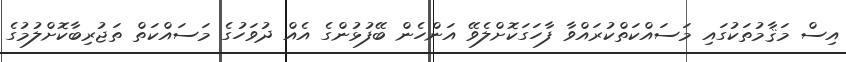
އިސް މަޤާމުތަކުގައި މަސައްކަތްކުރައްވާ ފާހަގަކޮށްލެވޭ އަންހެން ބޭފުޅުންގެ އެއް ދުވަހުގެ މަސައްކަތް ތަޖުރިބާކޮށްލުމުގެ